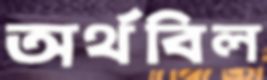
অর্থবিল